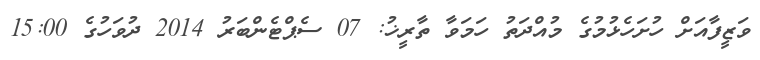
ވަޒީފާއަށް ހުށަހެޅުމުގެ މުއްދަތު ހަމަވާ ތާރީޚު: 07 ސެޕްޓެންބަރު 2014 ދުވަހުގެ 15:00